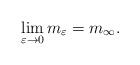
LaTeX: \begin{align*}\lim_{\varepsilon\rightarrow0}m_{\varepsilon}=m_{\infty}.\end{align*}